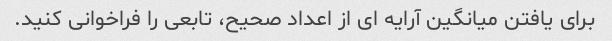
برای یافتن میانگین آرایه ای از اعداد صحیح، تابعی را فراخوانی کنید.